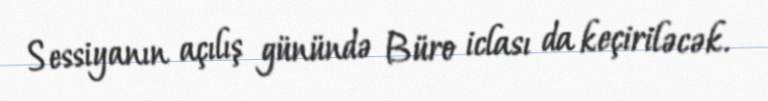
Sessiyanın açılış günündə Büro iclası da keçiriləcək.